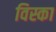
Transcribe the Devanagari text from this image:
विस्का